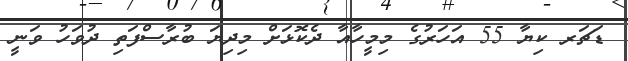
ޑަޗަރ ކިޔާ 55 އަހަރުގެ މިމީހާއާ ދެކޮޅަށް މިދިޔަ ބުރާސްފަތި ދުވަހު ވަނީ